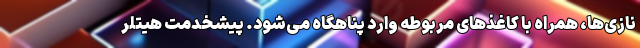
نازی‌ها، همراه با کاغذهای مربوطه وارد پناهگاه می‌شود. پیشخدمت هیتلر